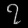
Digit: ၇